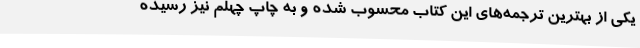
یکی از بهترین ترجمه‌های این کتاب محسوب شده و به چاپ چهلم نیز رسیده